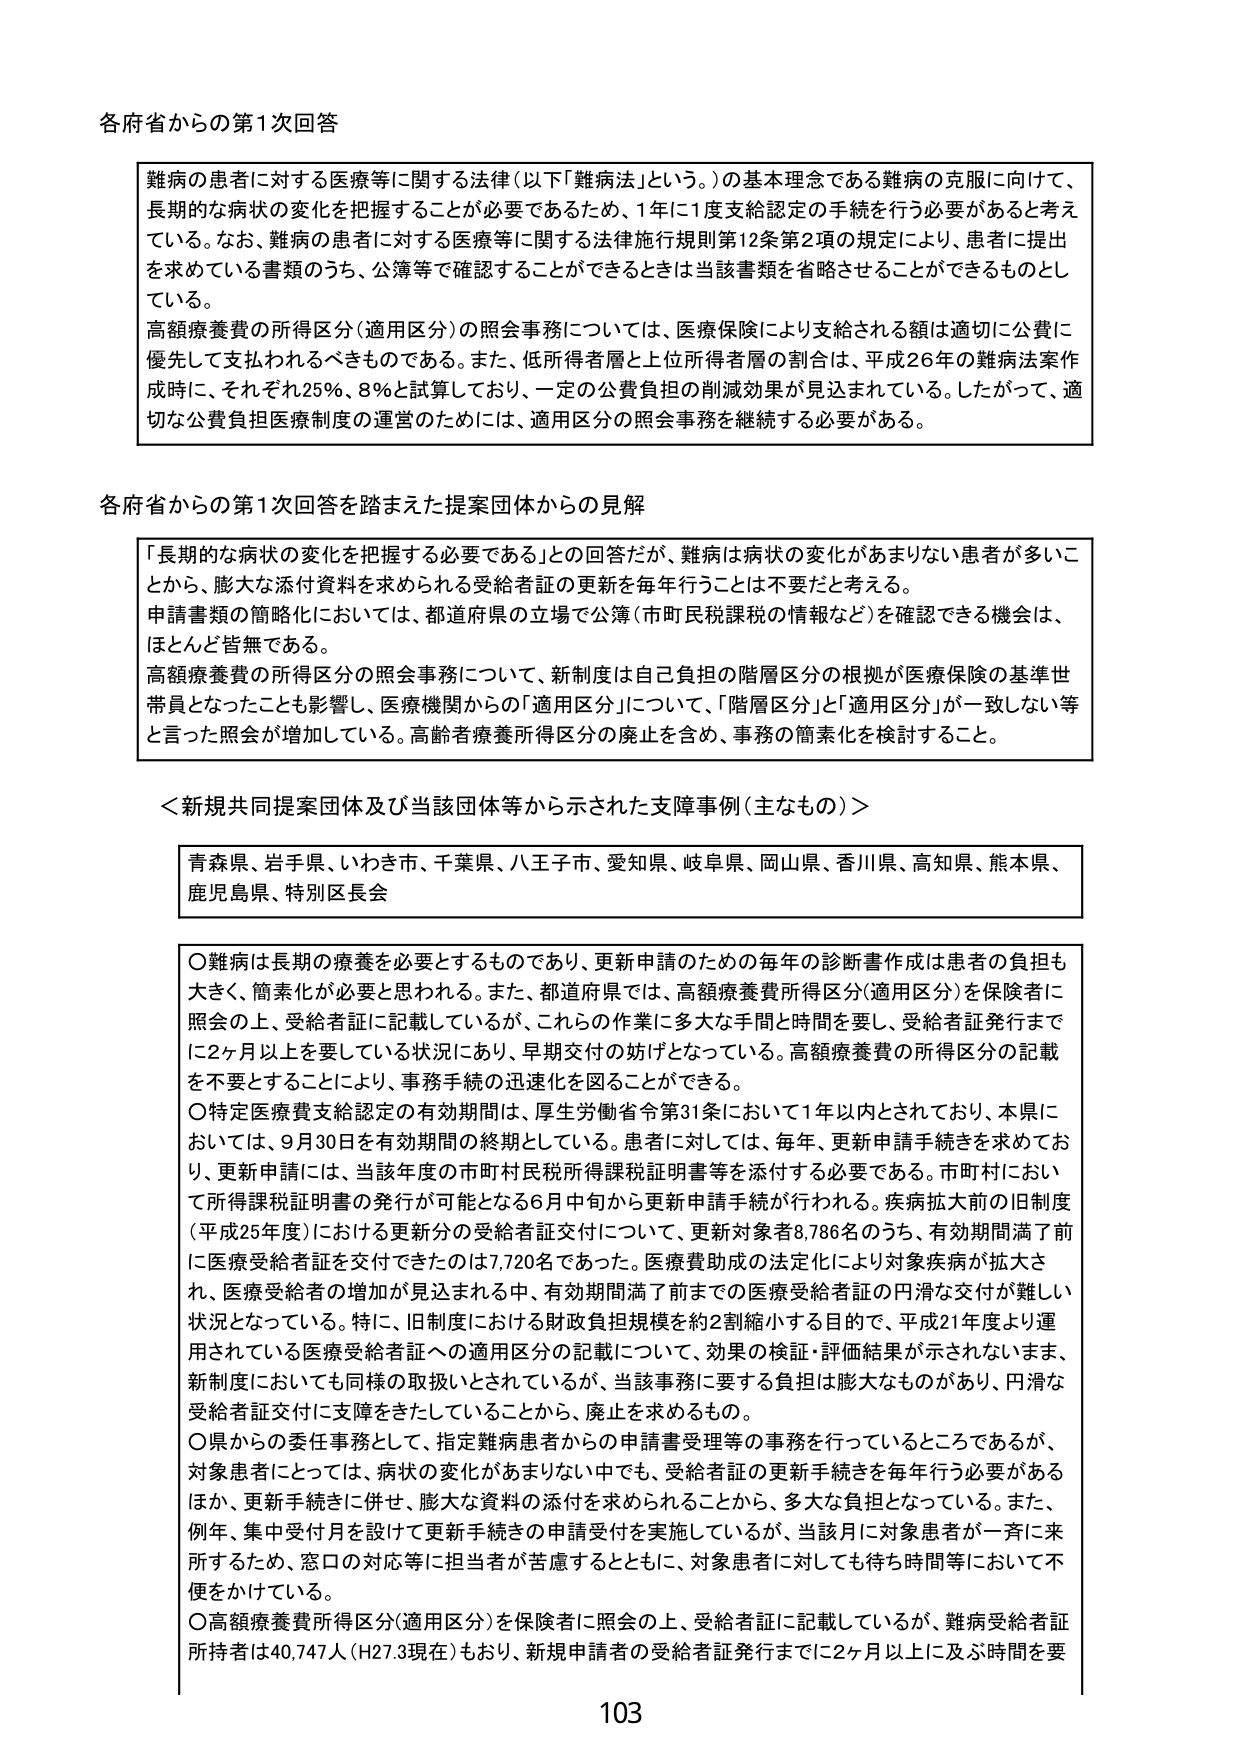
各府省からの第1次回答

難病の患者に対する医療等に関する法律（以下「難病法」という。）の基本理念である難病の克服に向けて、長期的な病状の変化を把握することが必要であるため、1年に1度支給認定の手続を行う必要があると考えている。なお、難病の患者に対する医療等に関する法律施行規則第12条第2項の規定により、患者に提出を求めていている書類のうち、公簿等で確認することができるときは当該書類を省略させることができるるものとしている。

高額療養費の所得区分（適用区分）の照会事務については、医療保険により支給される額は適切に公費に優先して支払われるべきものである。また、低所得者層と上位所得者層の割合は、平成26年の難病法案作成時に、それぞれ25％、8％と試算しており、一定の公費負担の削減効果が見込まれている。したがって、適切な公費負担医療制度の運営のためには、適用区分の照会事務を継続する必要がある。

各府省からの第1次回答を踏まえた提案団体からの見解

「長期的な病状の変化を把握する必要である」との回答だが、難病は病状の変化があまりない患者が多いことから、膨大な添付資料を求められる受給者証の更新を毎年行うことは不要だと考える。

申請書類の簡略化においては、都道府県の立場で公簿（市町民税課税の情報など）を確認できる機会は、ほとんど皆無である。

高額療養費の所得区分の照会事務について、新制度は自己負担の階層区分の根拠が医療保険の基準世帯員となったことも影響し、医療機関からの「適用区分」について、「階層区分」と「適用区分」が一致しない等と言った照会が増加している。高齢者療養所得区分の廃止を含め、事務の簡素化を検討すること。

＜新規共同提案団体及び当該団体等から示された支障事例（主なもの）＞

青森県、岩手県、いわき市、千葉県、八王子市、愛知県、岐阜県、岡山県、香川県、高知県、熊本県、鹿児島県、特別区長会

〇難病は長期の療養を必要とするものであり、更新申請のための毎年の診断書作成は患者の負担も大きく、簡素化が必要と思われる。また、都道府県では、高額療養費所得区分（適用区分）を保険者に照会の上、受給者証に記載しているが、これらの作業に多大な手間と時間を要し、受給者証発行までに2ヶ月以上を要している状況があり、早期交付の妨げとなっている。高額療養費の所得区分の記載を不要とすることにより、事務手続の迅速化を図ることができる。

〇特定医療費支給認定の有効期間は、厚生労働省令第31条において1年以内とされており、本県においては、9月30日を有効期間の終期としている。患者に対しては、毎年、更新申請手続きを求めており、更新申請には、当該年度の市町村民税所得課税証明書等を添付する必要である。市町村において所得課税証明書の発行が可能となる6月中旬から更新申請手続が行われる。疾病拡大前の旧制度（平成25年度）における更新分の受給者証交付について、更新対象者8,786名のうち、有効期間満了前に医療受給者証を交付できたのは7,720名であった。医療費助成の法定化により対象疾病が拡大され、医療受給者の増加が見込まれる中、有効期間満了前までの医療受給者証の円滑な交付が難しい状況となっている。特に、旧制度における財政負担規模を約2割縮小する目的で、平成21年度より運用されている医療受給者証への適用区分の記載について、効果の検証・評価結果が示されないまま、新制度においても同様の取扱いとされているが、当該事務に要する負担は膨大なものがあり、円滑な受給者証交付に支障をきたしていることから、廃止を求めるもの。

〇県からの委任事務として、指定難病患者からの申請書受理等の事務を行っているところであるが、対象患者にとっては、病状の変化があまりない中でも、受給者証の更新手続きを毎年行う必要があるほか、更新手続きに併せ、膨大な資料の添付を求められることから、多大な負担となっている。また、例年、集中受付月を設けて更新手続きの申請受付を実施しているが、当該月に対象患者が一斉に来所するため、窓口の対応等に担当者が苦慮するとともに、対象患者に対しても待ち時間等において不便をかけている。

〇高額療養費所得区分（適用区分）を保険者に照会の上、受給者証に記載しているが、難病受給者証所持者は40,747人（H27.3現在）もあり、新規申請者の受給者証発行までに2ヶ月以上に及ぶ時間を要

103